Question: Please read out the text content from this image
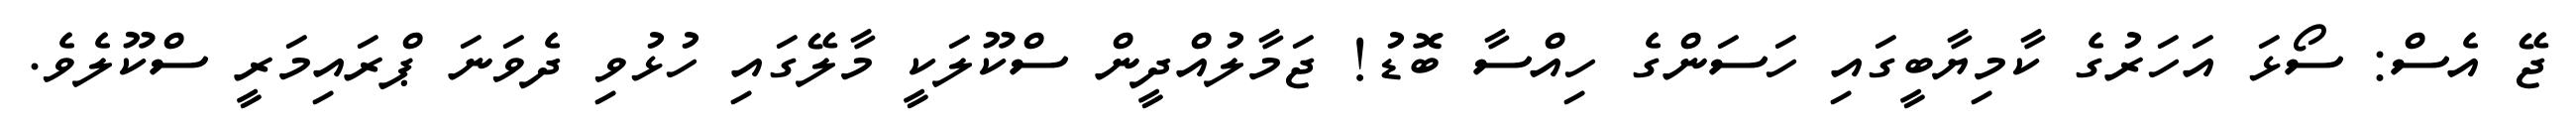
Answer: ޖޭ އެސް: ސޯޅަ އަހަރުގެ ކާމިޔާބީގައި ހަސަންގެ ހިއްސާ ބޮޑު! ޖަމާލުއްދީން ސްކޫލަކީ މާލޭގައި ހުޅުވި ދެވަނަ ޕްރައިމަރީ ސްކޫލެވެ.